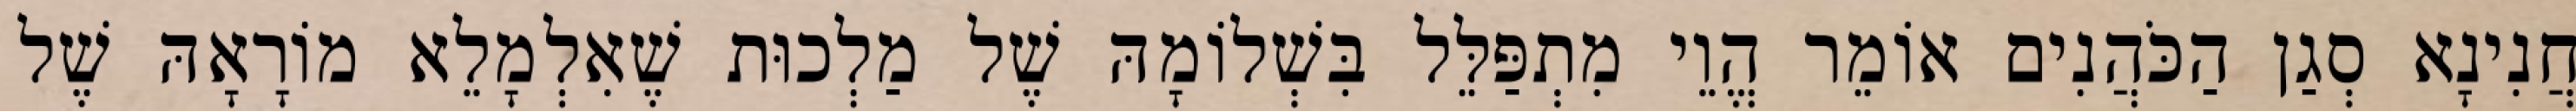
חֲנִינָא סְגַן הַכֹּהֲנִים אוֹמֵר הֱוֵי מִתְפַּלֵּל בִּשְׁלוֹמָהּ שֶׁל מַלְכוּת שֶׁאִלְמָלֵא מוֹרָאָהּ שֶׁל